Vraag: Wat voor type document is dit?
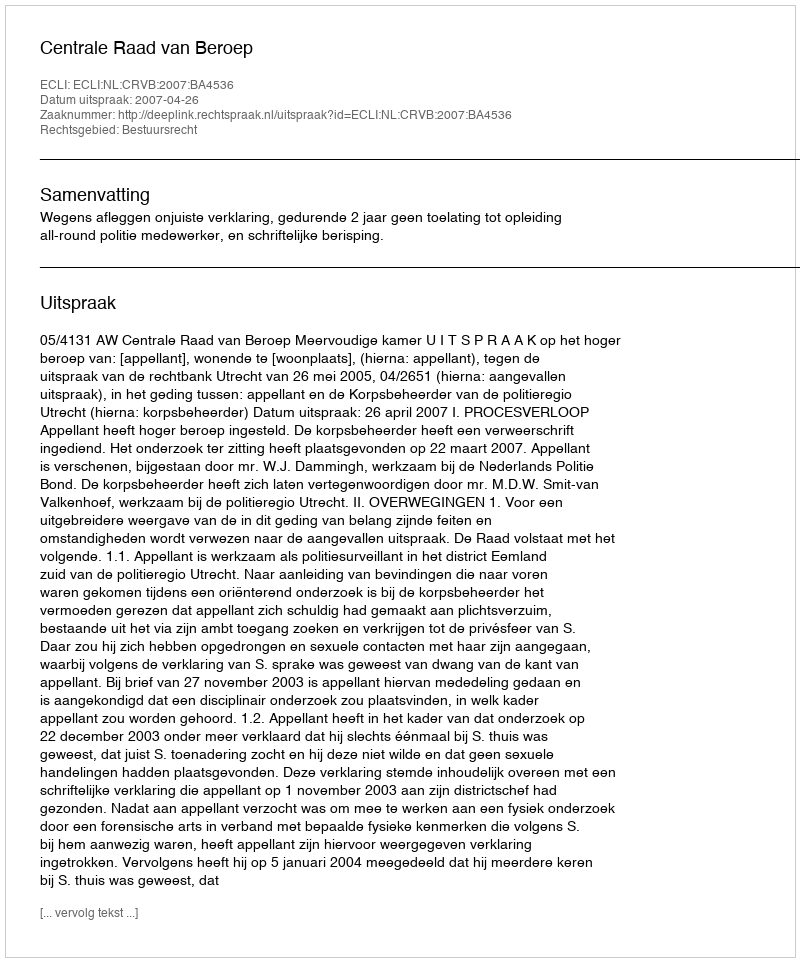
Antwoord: Uitspraak